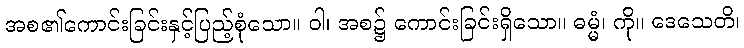
အစ၏ကောင်းခြင်းနှင့်ပြည့်စုံသော။ ဝါ၊ အစ၌ ကောင်းခြင်းရှိသော။ ဓမ္မံ၊ ကို။ ဒေသေတိ၊